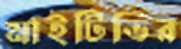
মাইটিভির